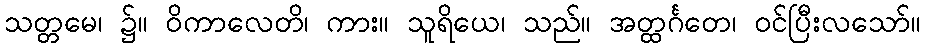
သတ္တမေ၊ ၌။ ဝိကာလေတိ၊ ကား။ သူရိယေ၊ သည်။ အတ္ထင်္ဂတေ၊ ဝင်ပြီးလသော်။